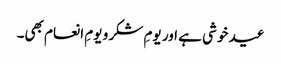
عید خوشی ہے اور یومِ شکر و یومِ انعام بھی۔